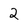
Character: 2